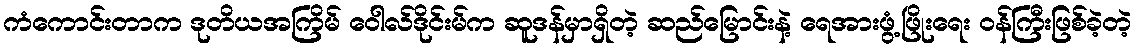
ကံကောင်းတာက ဒုတိယအကြိမ် ဝေါလ်ဒိုင်းမ်က ဆူဒန်မှာရှိတဲ့ ဆည်မြောင်းနဲ့ ရေအားဖွံ့ဖြိုးရေး ဝန်ကြီးဖြစ်ခဲ့တဲ့